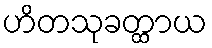
ဟိတသုခတ္ထာယ